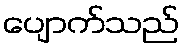
ပျောက်သည်